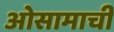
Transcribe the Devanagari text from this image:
ओसामाची